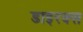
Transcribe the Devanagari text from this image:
डाइरक्स